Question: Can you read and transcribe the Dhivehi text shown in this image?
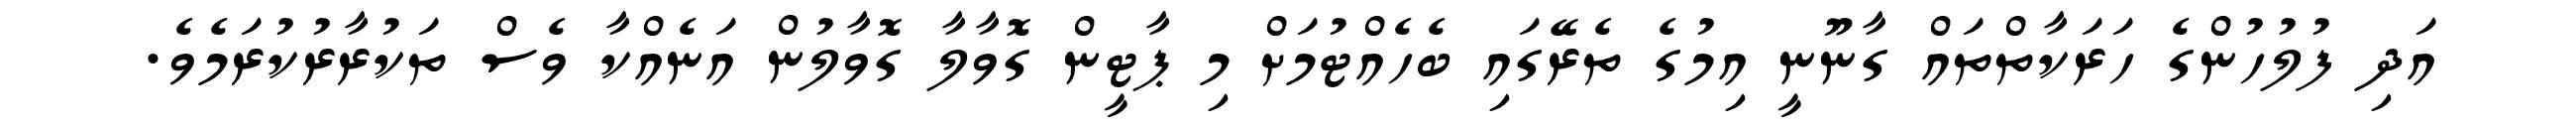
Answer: އަދި ފުލުހުންގެ ހަރަކާތްތައް ގާނޫނީ އިމުގެ ތެރޭގައި ބެހެއްޓުމަށް މި ޕާޓީން ގޮވާލާ ގޮވާލުން އަނެއްކާ ވެސް ތަކުރާރުކުރަމެވެ.